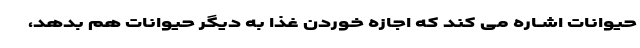
حیوانات اشــاره مى کند که اجازه خوردن غذا به دیگر حیوانات هم بدهد،